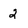
Character: 2